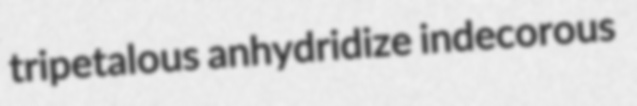
tripetalous anhydridize indecorous